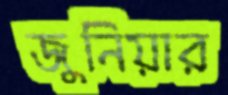
জুনিয়ার